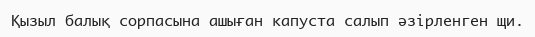
Қызыл балық сорпасына ашыған капуста салып әзірленген щи.